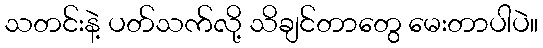
သတင်းနဲ့ ပတ်သက်လို့ သိချင်တာတွေ မေးတာပါပဲ။